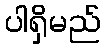
ပါရှိမည်